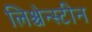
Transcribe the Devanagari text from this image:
लिश्चेन्स्टीन